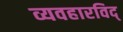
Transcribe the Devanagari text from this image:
व्यवहारविद्